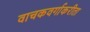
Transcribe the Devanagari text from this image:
वाचकवर्गाकरीता